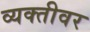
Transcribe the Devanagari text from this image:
व्‍यक्‍तीवर